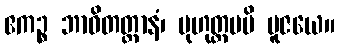
ဧကဉ္စ ဘာဝိတတ္တာနံ၊ မုဟုတ္တမပိ ပူဇယေ။